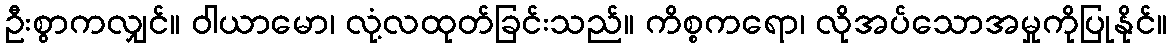
ဦးစွာကလျှင်။ ဝါယာမော၊ လုံ့လထုတ်ခြင်းသည်။ ကိစ္စကရော၊ လိုအပ်သောအမှုကိုပြုနိုင်။